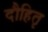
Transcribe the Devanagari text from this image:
दौहितृ